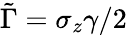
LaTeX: \tilde{\Gamma}=\sigma_{z}\gamma/2